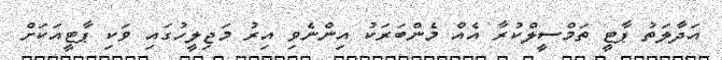
އަދާލަތު ޕާޓީ ތަމްސީލްކުރާ އެއް މެންބަރަކު އިންނެވި އިރު މަޖިލީހުގައި ވަކި ޕާޓީއަކަށް